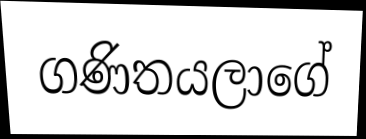
ගණිතයලාගේ